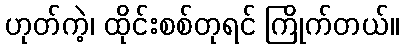
ဟုတ်ကဲ့၊ ထိုင်းစစ်တုရင် ကြိုက်တယ်။